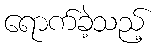
ရောက်ခဲ့သည့်